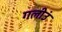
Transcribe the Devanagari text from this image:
गलीउं